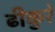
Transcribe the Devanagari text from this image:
ढीकुरे